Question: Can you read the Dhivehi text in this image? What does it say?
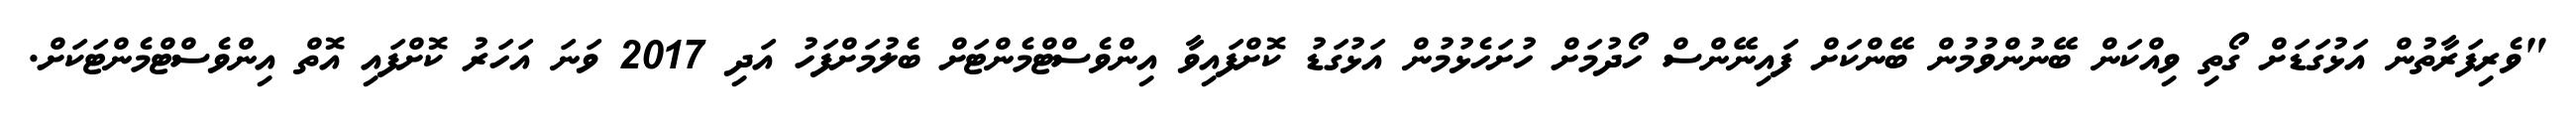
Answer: "ވެރިފަރާތުން އަޅުގަޑަށް ގޯތި ވިއްކަން ބޭނުންވުމުން ބޭންކަށް ފައިނޭންސް ހޯދުމަށް ހުށަހެޅުމުން އަޅުގަޑު ކޮށްފައިވާ އިންވެސްޓްމެންޓަށް ބެލުމަށްފަހު އަދި 2017 ވަނަ އަހަރު ކޮށްފައި އޮތް އިންވެސްޓްމެންޓަކަށް.